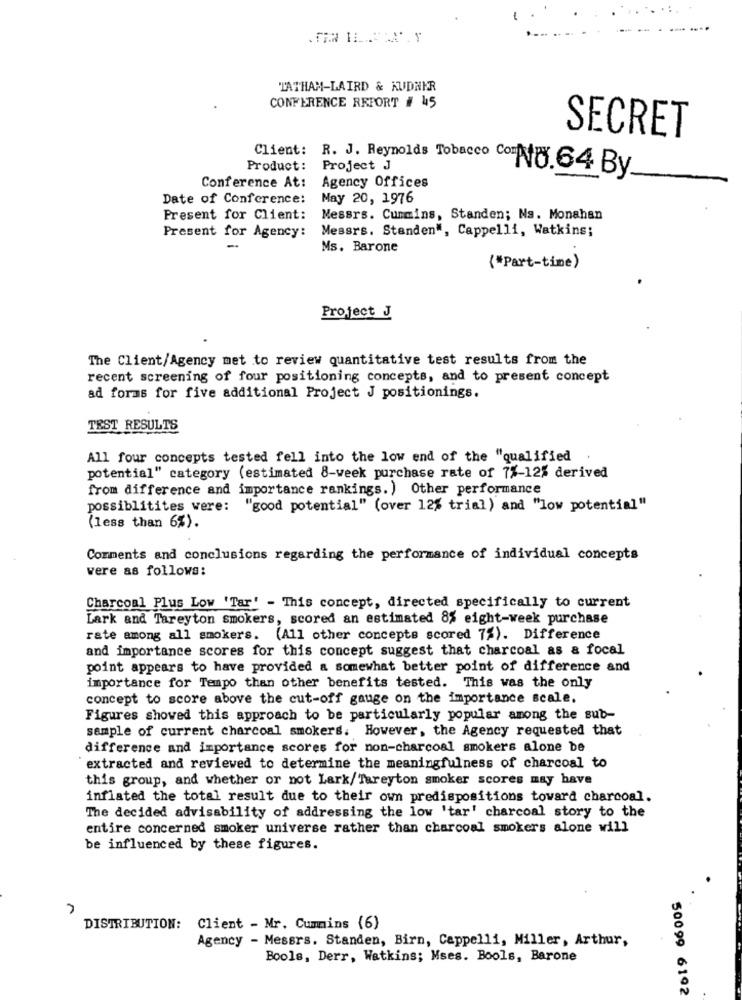
-
TATHAM-LAIRD & KUDHER
CONFERENCE REPORT # 45
SECRET
Product: Project J
Conference At:
Client: R. J. Reynolds Tobacco Comfy. 64 By_
Agency Offices
Date of Conference:
May 20, 1976
Present for Client:
Messrs. Cummins, Standen; Ns. Monahan
Present for Agency: Messrs. Standen", Cappelli, Watkins;
Ms. Barone
(*Part-time)
Project J
The Client/Agency met to review quantitative test results from the
recent screening of four positioning concepts, and to present concept
ad forms for five additional Project J positionings.
TEST RESULTS
All four concepts tested fell into the low end of the "qualified .
potential" category (estimated 8-week purchase rate of 7%-12% derived
from difference and importance rankings. ) Other performance
possiblitites were: "good potential" (over 125 trial ) and "low potential"
(less than 6%).
Comments and conclusions regarding the performance of individual concepts
vere as follows:
Charcoal Plus Low 'Tar' - This concept, directed specifically to current
Lark and Tareyton smokers, scored an estimated 8% eight-week purchase
rate among all smokers. (All other concepts scored 7%). Difference
and importance scores for this concept suggest that charcoal as & focal
point appears to have provided a somewhat better point of difference and
importance for Tempo than other benefits tested. This was the only
concept to score above the cut-off gauge on the importance scale.
Figures showed this approach to be particularly popular among the sub-
sample of current charcoal smokers. However, the Agency requested that
difference and importance scores for non-charcoal smokers alone be
extracted and reviewed to determine the meaningfulness of charcoal to
this group, and whether or not Lark/ Tareyton smoker scores may have
inflated the total result due to their own predispositions toward charcoal.
The decided advisability of addressing the low 'tar' charcoal story to the
entire concerned smoker universe rather than charcoal smokers alone will
be influenced by these figures.
DISTRIBUTION: Client - Mr. Cummins (6)
Agency - Messrs. Standen, Birn, Cappelli, Miller, Arthur,
Bools, Derr, Watkins; Mses. Bools, Barone
50099 6192